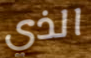
الذي